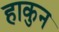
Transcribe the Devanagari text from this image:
हाकुन